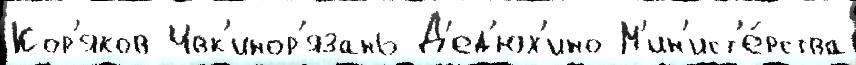
Кор'яков Ивк'инор'язань Д'ед'юх'ино М'ин'ист'е́рства